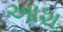
આશ